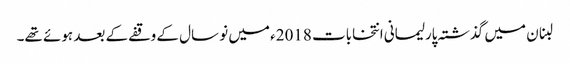
لبنان میں گذشتہ پارلیمانی انتخابات 2018ء میں نو سال کے وقفے کے بعد ہوئے تھے۔